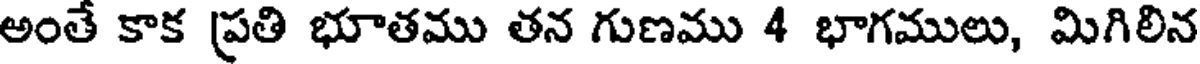
అంతే కాక ప్రతి భూతము తన గుణము 4 భాగములు, మిగిలిన